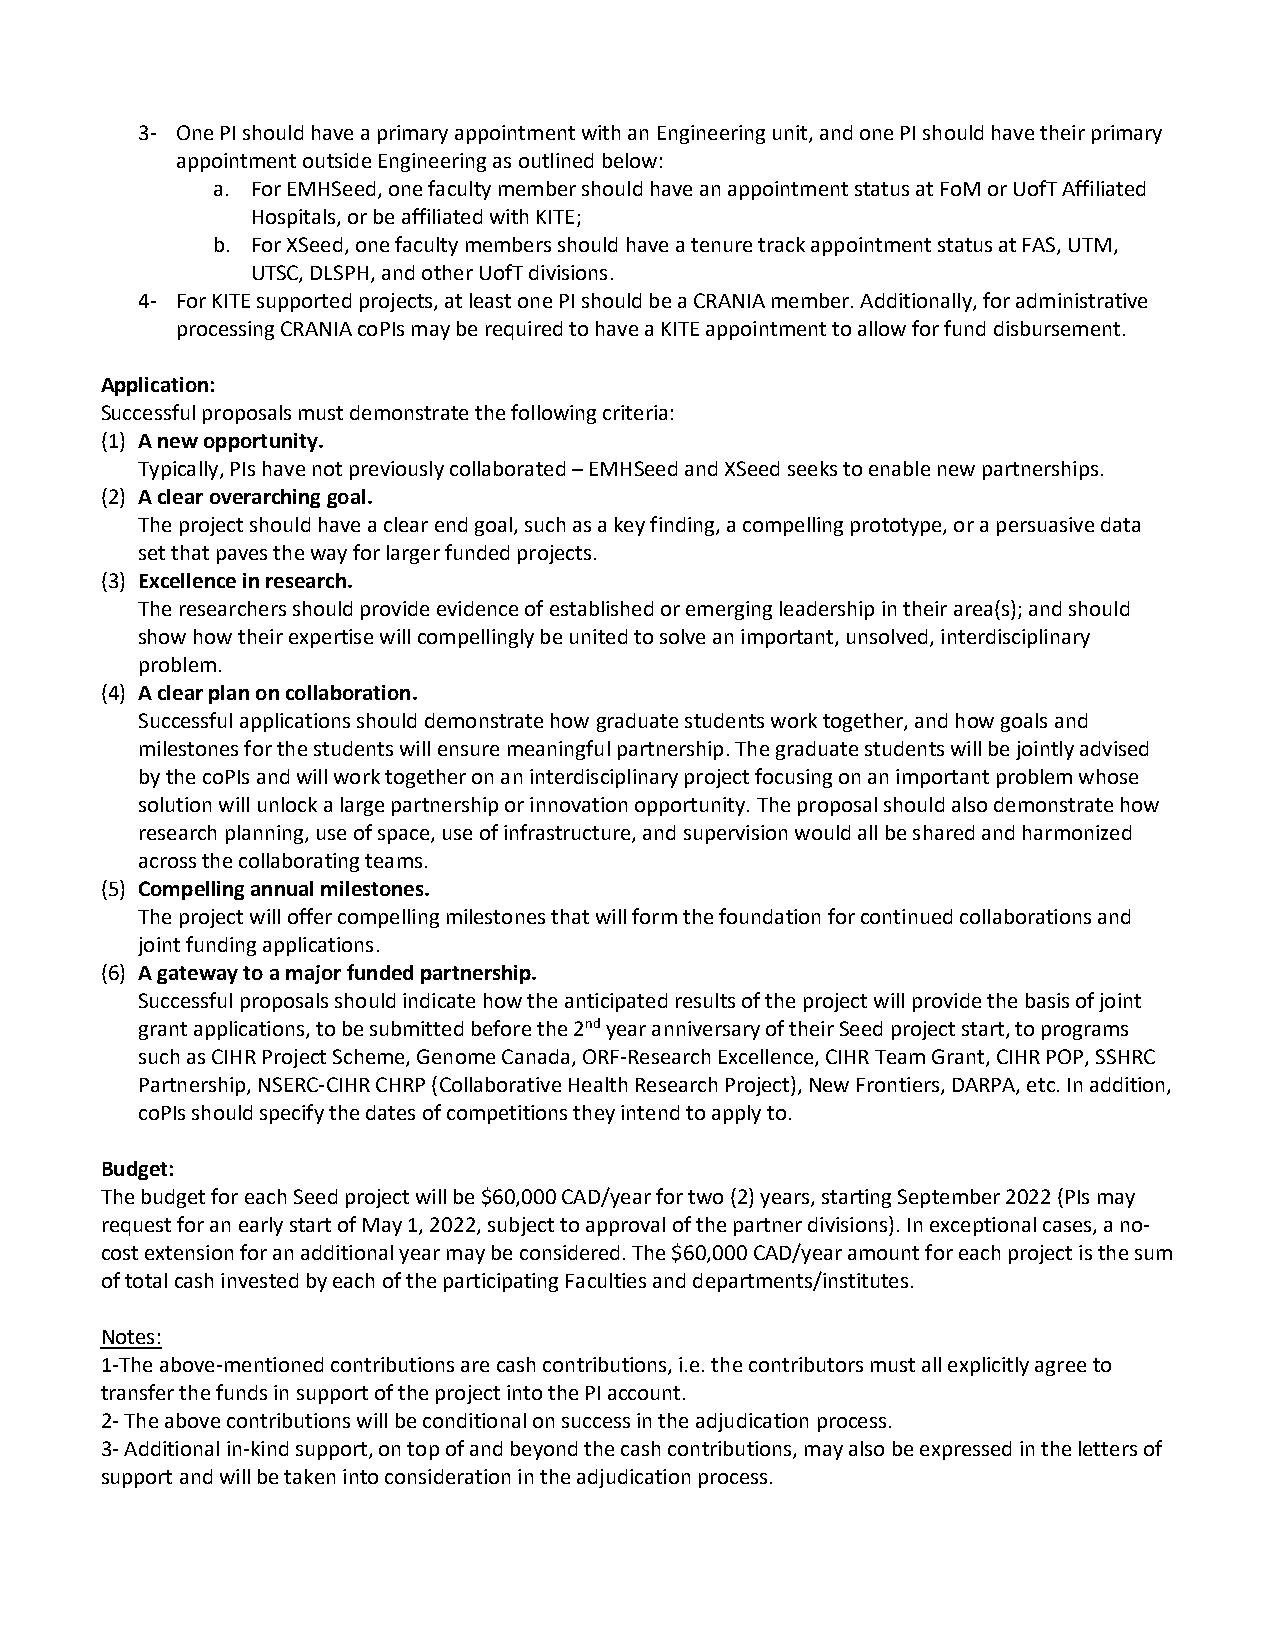
3- One PI should have a primary appointment with an Engineering unit, and one PI should have their primary
 appointment outside Engineering as outlined below:
 a. For EMHSeed, one faculty member should have an appointment status at FoM or UofT Affiliated
 Hospitals, or be affiliated with KITE;
 b. For XSeed, one faculty members should have a tenure track appointment status at FAS, UTM,
 UTSC, DLSPH, and other UofT divisions.
 4- For KITE supported projects, at least one PI should be a CRANIA member. Additionally, for administrative
 processing CRANIA coPIs may be required to have a KITE appointment to allow for fund disbursement.
 Application:
 Successful proposals must demonstrate the following criteria:
 (1) A new opportunity.
 Typically, PIs have not previously collaborated – EMHSeed and XSeed seeks to enable new partnerships.
 (2) A clear overarching goal.
 The project should have a clear end goal, such as a key finding, a compelling prototype, or a persuasive data
 set that paves the way for larger funded projects.
 (3) Excellence in research.
 The researchers should provide evidence of established or emerging leadership in their area(s); and should
 show how their expertise will compellingly be united to solve an important, unsolved, interdisciplinary
 problem.
 (4) A clear plan on collaboration.
 Successful applications should demonstrate how graduate students work together, and how goals and
 milestones for the students will ensure meaningful partnership. The graduate students will be jointly advised
 by the coPIs and will work together on an interdisciplinary project focusing on an important problem whose
 solution will unlock a large partnership or innovation opportunity. The proposal should also demonstrate how
 research planning, use of space, use of infrastructure, and supervision would all be shared and harmonized
 across the collaborating teams.
 (5) Compelling annual milestones.
 The project will offer compelling milestones that will form the foundation for continued collaborations and
 joint funding applications.
 (6) A gateway to a major funded partnership.
 Successful proposals should indicate how the anticipated results of the project will provide the basis of joint
 grant applications, to be submitted before the 2nd year anniversary of their Seed project start, to programs
 such as CIHR Project Scheme, Genome Canada, ORF-Research Excellence, CIHR Team Grant, CIHR POP, SSHRC
 Partnership, NSERC-CIHR CHRP (Collaborative Health Research Project), New Frontiers, DARPA, etc. In addition,
 coPIs should specify the dates of competitions they intend to apply to.
 Budget:
 The budget for each Seed project will be $60,000 CAD/year for two (2) years, starting September 2022 (PIs may
 request for an early start of May 1, 2022, subject to approval of the partner divisions). In exceptional cases, a no-
 cost extension for an additional year may be considered. The $60,000 CAD/year amount for each project is the sum
 of total cash invested by each of the participating Faculties and departments/institutes.
 Notes:
 1-The above-mentioned contributions are cash contributions, i.e. the contributors must all explicitly agree to
 transfer the funds in support of the project into the PI account.
 2- The above contributions will be conditional on success in the adjudication process.
 3- Additional in-kind support, on top of and beyond the cash contributions, may also be expressed in the letters of
 support and will be taken into consideration in the adjudication process.